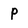
Character: p